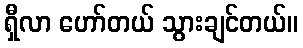
ရှီလာ ဟော်တယ် သွားချင်တယ်။